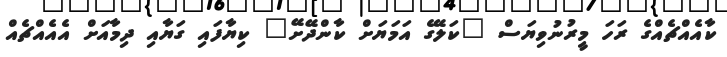
ކާއެއްޗެއްގެ ރަހަ މީރުނުވިޔަސް "ކަލޭގެ އަމަޔަށް ކާންދޭށޭ" ކިޔާފައި ގަޔާއި ދިމާއަށް އެއެއްޗެއް